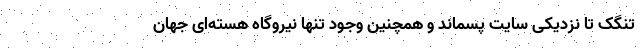
تنگک تا نزدیکی سایت پسماند و همچنین وجود تنها نیروگاه هسته‌ای جهان